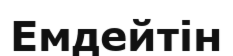
Емдейтін